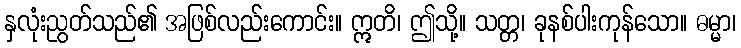
နှလုံးညွတ်သည်၏ အဖြစ်လည်းကောင်း။ ဣတိ၊ ဤသို့။ သတ္တ၊ ခုနစ်ပါးကုန်သော။ ဓမ္မာ၊